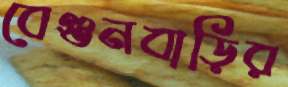
বেগুনবাড়ির